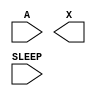
module sky130_fd_sc_lp__lsbufiso1p (
    //# {{data|Data Signals}}
    input  A    ,
    output X    ,

    //# {{power|Power}}
    input  SLEEP
);

    // Voltage supply signals
    supply1 DESTPWR;
    supply1 VPWR   ;
    supply0 VGND   ;
    supply1 DESTVPB;
    supply1 VPB    ;
    supply0 VNB    ;

endmodule